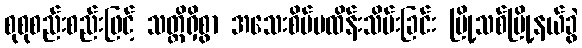
စုစုစည်းစည်းဖြင့် သတ္တိရှိစွာ အသေးစိပ်မထိန်းသိမ်းခြင်း မြို့သစ်မြို့နယ်ခွဲ